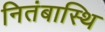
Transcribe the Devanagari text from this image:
नितंबास्थि